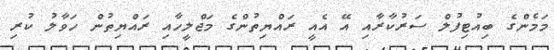
މަމެންގެ ބިއުޓިފުލް ސަރުކާރާއި އޭ އެއީ ރައްޔިތުންގެ މަޖްލީހާއި ރައްޔިތުން ހަވާލު ކުރި